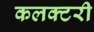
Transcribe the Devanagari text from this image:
कलक्टरी